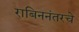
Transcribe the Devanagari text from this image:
राबिननंतरचे